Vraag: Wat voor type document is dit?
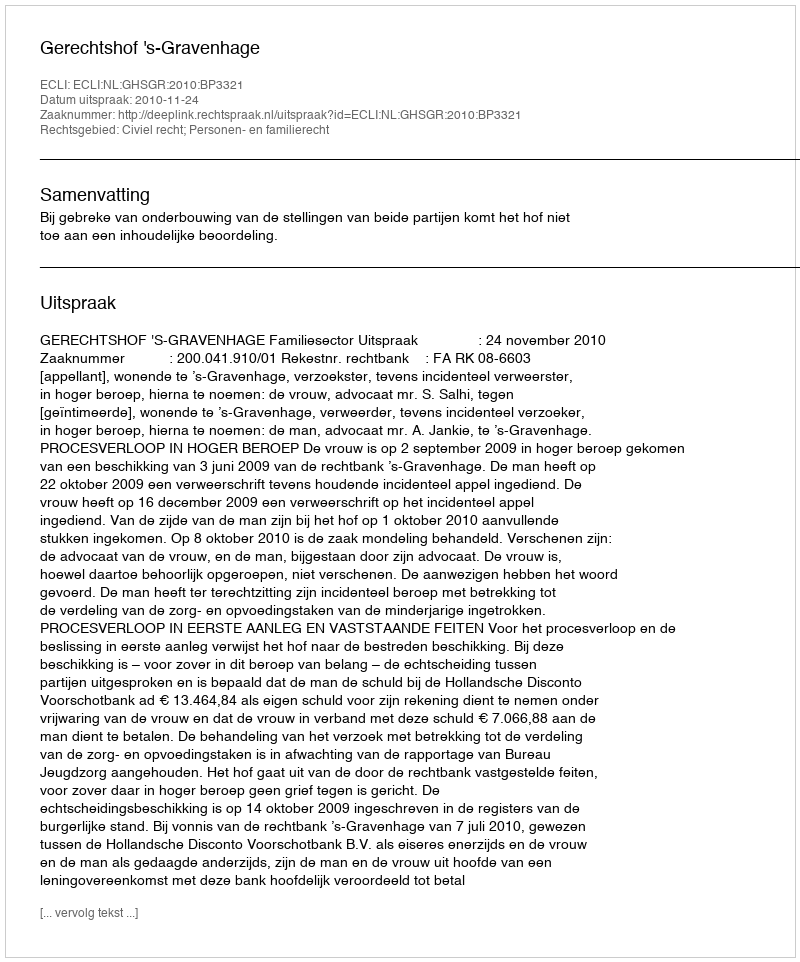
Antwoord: Uitspraak